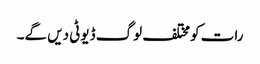
رات کو مختلف لوگ ڈیوٹی دیں گے۔